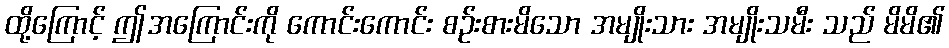
ထို့ကြောင့် ဤအကြောင်းကို ကောင်းကောင်း စဉ်းစားမိသော အမျိုးသား အမျိုးသမီး သည် မိမိ၏